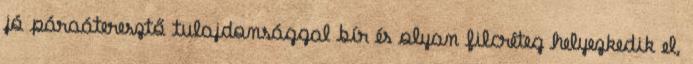
jó páraáteresztő tulajdonsággal bír és olyan filcréteg helyezkedik el,